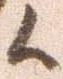
候